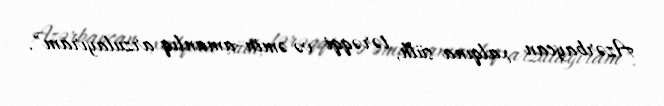
Azərbaycan xalqına sülh, tərəqqi və əmin-amanlıq arzulayıram".